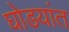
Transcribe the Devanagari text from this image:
घोडयांत